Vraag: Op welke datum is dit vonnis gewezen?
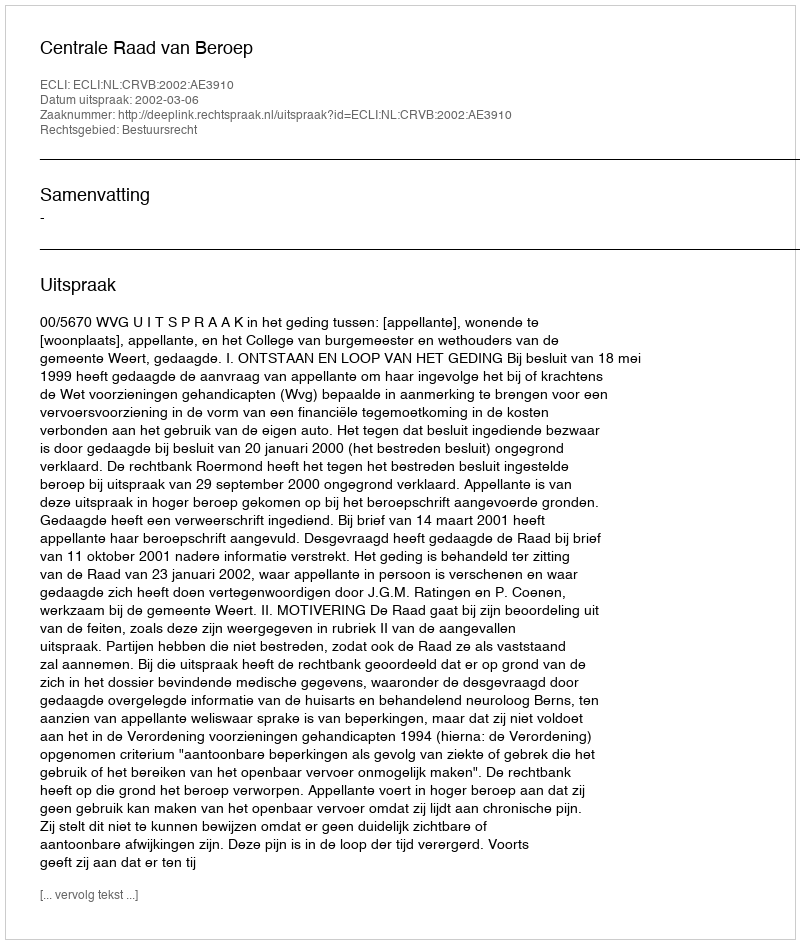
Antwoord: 2002-03-06